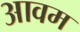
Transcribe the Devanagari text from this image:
आवम